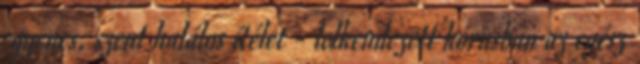
egyenes, szent halálos ítélet - lelkendezett kórusban az egész